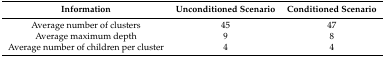
<table><thead><tr><td><b>Information</b></td><td><b>Unconditioned Scenario</b></td><td><b>Conditioned Scenario</b></td></tr></thead><tbody><tr><td>Average number of clusters</td><td>45</td><td>47</td></tr><tr><td>Average maximum depth</td><td>9</td><td>8</td></tr><tr><td>Average number of children per cluster</td><td>4</td><td>4</td></tr></tbody></table>